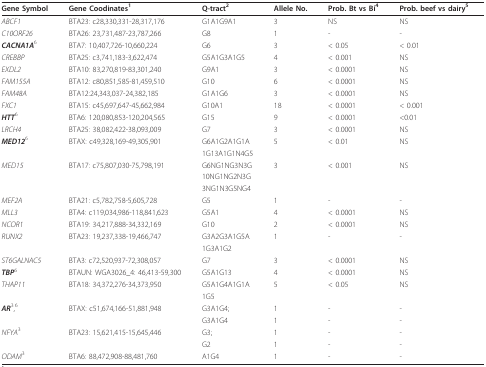
<table><thead><tr><td><b>Gene Symbol</b></td><td><b>Gene Coodinates<sup>1</sup></b></td><td><b>Q-tract<sup>2</sup></b></td><td><b>Allele No.</b></td><td><b>Prob. Bt vs Bi<sup>4</sup></b></td><td><b>Prob. beef vs dairy<sup>5</sup></b></td></tr></thead><tbody><tr><td><i>ABCF1</i></td><td>BTA23: c28,330,331-28,317,176</td><td>G1A1G9A1</td><td>3</td><td>NS</td><td>NS</td></tr><tr><td><i>C10ORF26</i></td><td>BTA26: 23,731,487-23,787,266</td><td>G8</td><td>1</td><td>-</td><td>-</td></tr><tr><td><b><i>CACNA1A</i></b><sup>6</sup></td><td>BTA7: 10,407,726-10,660,224</td><td>G6</td><td>3</td><td>&lt; 0.05</td><td>&lt; 0.01</td></tr><tr><td><i>CREBBP</i></td><td>BTA25: c3,741,183-3,622,474</td><td>G5A1G3A1G5</td><td>4</td><td>&lt; 0.001</td><td>NS</td></tr><tr><td><i>EXDL2</i></td><td>BTA10: 83,270,819-83,301,240</td><td>G9A1</td><td>3</td><td>&lt; 0.0001</td><td>NS</td></tr><tr><td><i>FAM155A</i></td><td>BTA12: c80,851,585-81,459,510</td><td>G10</td><td>6</td><td>&lt; 0.0001</td><td>NS</td></tr><tr><td><i>FAM48A</i></td><td>BTA12:24,343,037-24,382,185</td><td>G1A1G6</td><td>3</td><td>&lt; 0.0001</td><td>NS</td></tr><tr><td><i>FXC1</i></td><td>BTA15: c45,697,647-45,662,984</td><td>G10A1</td><td>18</td><td>&lt; 0.0001</td><td>&lt; 0.001</td></tr><tr><td><b><i>HTT</i></b><sup>6</sup></td><td>BTA6: 120,080,853-120,204,565</td><td>G15</td><td>9</td><td>&lt; 0.0001</td><td>&lt;0.01</td></tr><tr><td><i>LRCH4</i></td><td>BTA25: 38,082,422-38,093,009</td><td>G7</td><td>3</td><td>&lt; 0.0001</td><td>NS</td></tr><tr><td><b><i>MED12</i></b><sup>6</sup></td><td>BTAX: c49,328,169-49,305,901</td><td>G6A1G2A1G1A</td><td>5</td><td>&lt; 0.01</td><td>NS</td></tr><tr><td></td><td></td><td>1G13A1G1N4G5</td><td></td><td></td><td></td></tr><tr><td><i>MED15</i></td><td>BTA17: c75,807,030-75,798,191</td><td>G6NG1NG3N3G</td><td>3</td><td>&lt; 0.001</td><td>NS</td></tr><tr><td></td><td></td><td>10NG1NG2N3G</td><td></td><td></td><td></td></tr><tr><td></td><td></td><td>3NG1N3G5NG4</td><td></td><td></td><td></td></tr><tr><td><i>MEF2A</i></td><td>BTA21: c5,782,758-5,605,728</td><td>G5</td><td>1</td><td>-</td><td>-</td></tr><tr><td><i>MLL3</i></td><td>BTA4: c119,034,986-118,841,623</td><td>G5A1</td><td>4</td><td>&lt; 0.0001</td><td>NS</td></tr><tr><td><i>NCOR1</i></td><td>BTA19: 34,217,888-34,332,169</td><td>G10</td><td>2</td><td>&lt; 0.0001</td><td>NS</td></tr><tr><td><i>RUNX2</i></td><td>BTA23: 19,237,338-19,466,747</td><td>G3A2G3A1G5A</td><td>1</td><td>-</td><td>-</td></tr><tr><td></td><td></td><td>1G3A1G2</td><td></td><td></td><td></td></tr><tr><td><i>ST6GALNAC5</i></td><td>BTA3: c72,520,937-72,308,057</td><td>G7</td><td>3</td><td>&lt; 0.0001</td><td>NS</td></tr><tr><td><b><i>TBP</i></b><sup>6</sup></td><td>BTAUN: WGA3026_4: 46,413-59,300</td><td>G5A1G13</td><td>4</td><td>&lt; 0.0001</td><td>NS</td></tr><tr><td><i>THAP11</i></td><td>BTA18: 34,372,276-34,373,950</td><td>G5A1G4A1G1A</td><td>5</td><td>&lt; 0.05</td><td>NS</td></tr><tr><td></td><td></td><td>1G5</td><td></td><td></td><td></td></tr><tr><td><b><i>AR</i></b><sup>3</sup>,<sup>6</sup></td><td>BTAX: c51,674,166-51,881,948</td><td>G3A1G4;</td><td>1</td><td>-</td><td>-</td></tr><tr><td></td><td></td><td>G3A1G4</td><td>1</td><td>-</td><td>-</td></tr><tr><td><i>NFYA</i><sup>3</sup></td><td>BTA23: 15,621,415-15,645,446</td><td>G3;</td><td>1</td><td>-</td><td>-</td></tr><tr><td></td><td></td><td>G2</td><td>1</td><td>-</td><td>-</td></tr><tr><td><i>ODAM</i><sup>3</sup></td><td>BTA6: 88,472,908-88,481,760</td><td>A1G4</td><td>1</td><td>-</td><td>-</td></tr></tbody></table>